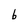
Character: b